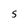
Character: S